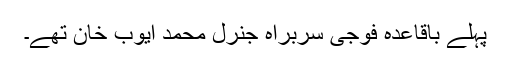
پہلے باقاعدہ فوجی سربراہ جنرل محمد ایوب خان تھے۔